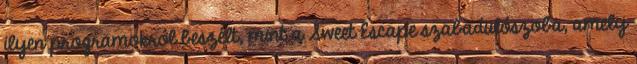
ilyen programokról beszélt, mint a Sweet Escape szabadulószoba, amely